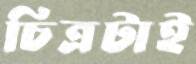
চিত্রটাই